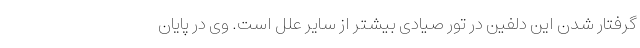
گرفتار شدن این دلفین در تور صیادی بیشتر از سایر علل است. وی در پایان